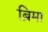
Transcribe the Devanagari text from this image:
ब्रिमा